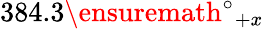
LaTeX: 384.3\ensuremath{^\circ}_{+x}